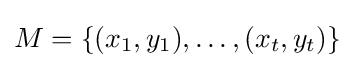
M=\{(x_{1},y_{1}),\ldots ,(x_{t},y_{t})\}